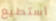
أستطيع